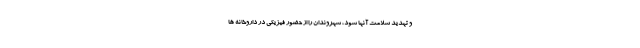
و تهدید سلامت آنها شود، شهروندان را از حضور فیزیکی در داروخانه ها